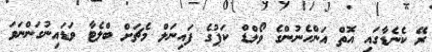
ރޭ ކެނެޑާގައި އޮތް އަންހެނުންގެ ވޯލްޑް ކަޕުގެ ފައިނަލް މެޗަށް ބްލެޓާ ވަޑައިނުގަންނަވަ